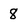
Character: 8